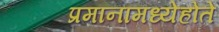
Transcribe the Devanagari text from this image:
प्रमानामध्येहोते